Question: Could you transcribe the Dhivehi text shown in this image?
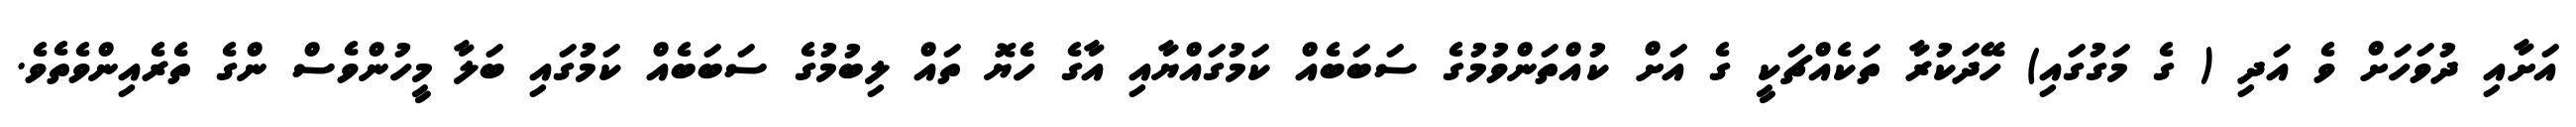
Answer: އަށާއި ދުވަހަށް ވެ އަދި ( ގެ މަގުގައި) ހޭދަކުރާ ތަކެއްޗަކީ ގެ އަށް ކުއްތަންވުމުގެ ސަބަބެއް ކަމުގައްޔާއި އާގެ ހެޔޮ ތައް ލިބުމުގެ ސަބަބެއް ކަމުގައި ބަލާ މީހުންވެސް ންގެ ތެރެއިންވެތެވެ.